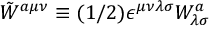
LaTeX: \tilde { W } ^ { a \mu \nu } \equiv ( 1 / 2 ) \epsilon ^ { \mu \nu \lambda \sigma } W _ { \lambda \sigma } ^ { a }